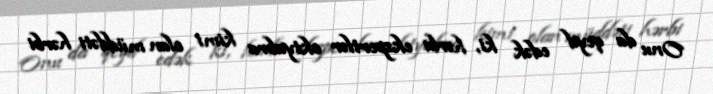
Onu da qeyd edək ki, hərbi ekspertlər oktyabra kimi olan müddəti hərbi